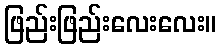
ဖြည်းဖြည်းလေးလေး။